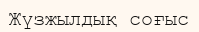
Жүзжылдық соғыс